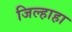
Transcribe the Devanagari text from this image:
जिल्हाहा